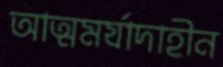
আত্মমর্যাদাহীন